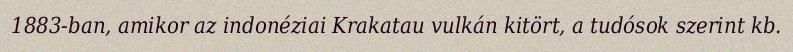
1883-ban, amikor az indonéziai Krakatau vulkán kitört, a tudósok szerint kb.